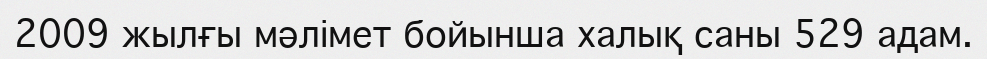
2009 жылғы мәлімет бойынша халық саны 529 адам.